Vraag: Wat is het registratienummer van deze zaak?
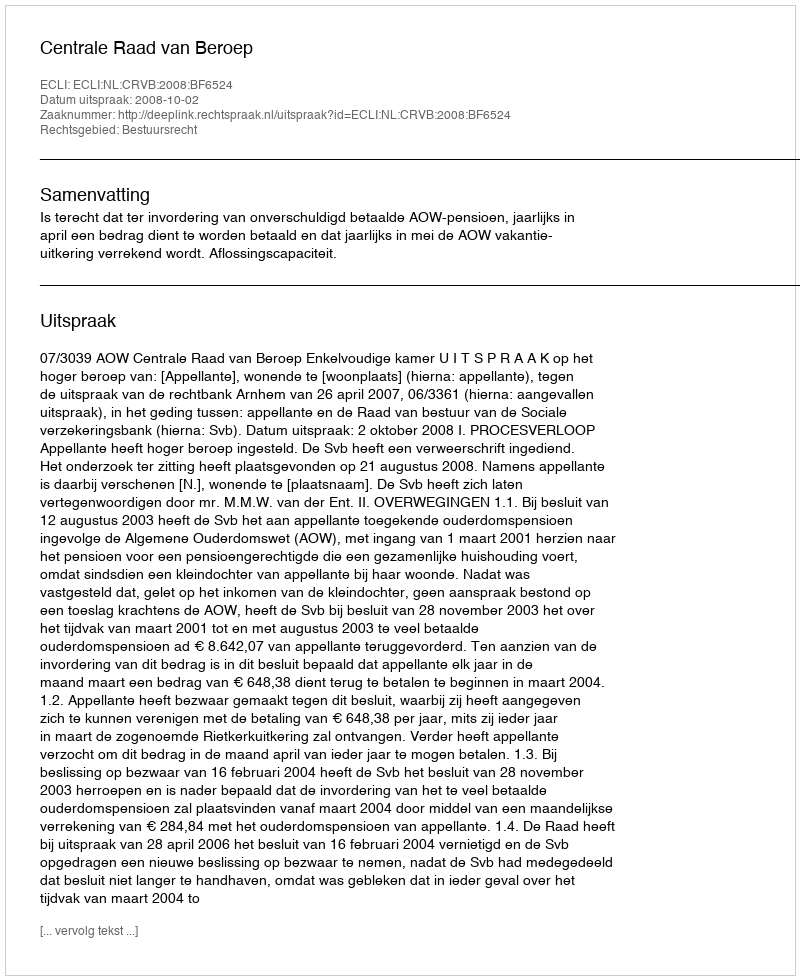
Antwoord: http://deeplink.rechtspraak.nl/uitspraak?id=ECLI:NL:CRVB:2008:BF6524